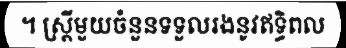
។ ស្ត្រីមួយចំនួនទទួលរងនូវឥទ្ធិពល